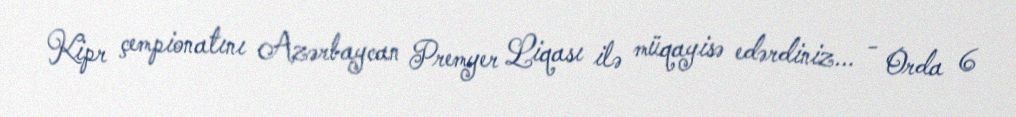
Kipr çempionatını Azərbaycan Premyer Liqası ilə müqayisə edərdiniz... - Orda 6